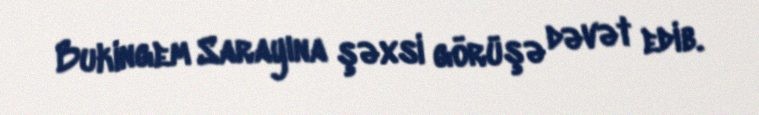
Bukingem Sarayına şəxsi görüşə dəvət edib.